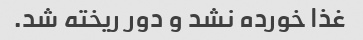
غذا خورده نشد و دور ریخته شد.